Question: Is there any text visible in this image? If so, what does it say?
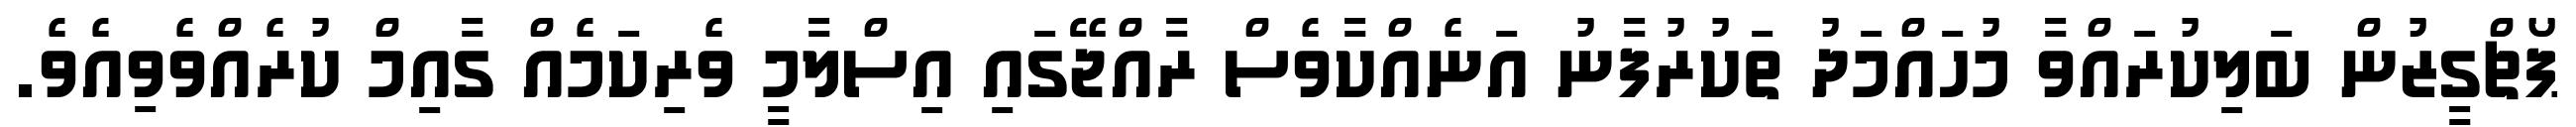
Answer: ޕޯޗްގީޒުން ބަލިކުރައްވާ މުހައްމަދު ތަކުރުފާނު އަނެއްކާވެސް ރާއްޖޭގައި އިސްލާމީ ވެރިކަމެއް ގާއިމް ކުރެއްވެވިއެވެ.